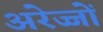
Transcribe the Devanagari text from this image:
अरेज्जों